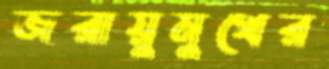
জরায়ুমুখের